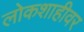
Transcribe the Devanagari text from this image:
लोकशाहीवर